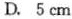
D. 5cm